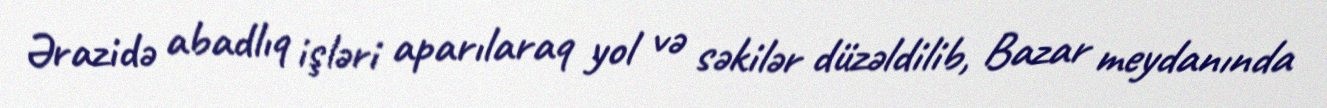
Ərazidə abadlıq işləri aparılaraq yol və səkilər düzəldilib, Bazar meydanında